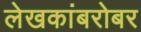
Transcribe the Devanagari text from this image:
लेखकांबरोबर